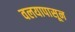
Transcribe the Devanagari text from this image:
वलयापासून